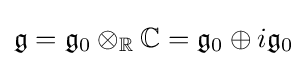
{\mathfrak {g}}={\mathfrak {g}}_{0}\otimes _{\mathbb {R} }\mathbb {C} ={\mathfrak {g}}_{0}\oplus i{\mathfrak {g}}_{0}